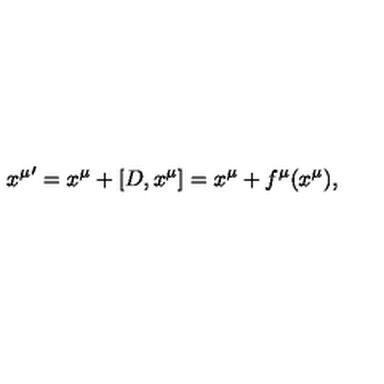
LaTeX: { x ^ { \mu } } ^ { \prime } = x ^ { \mu } + [ D , x ^ { \mu } ] = x ^ { \mu } + f ^ { \mu } ( x ^ { \mu } ) ,